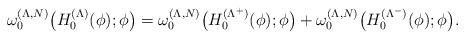
LaTeX: \begin{align*}\omega_0^{(\Lambda,N)}\big(H_0^{(\Lambda)}(\phi);\phi\big)=\omega_0^{(\Lambda,N)}\big(H_0^{(\Lambda^+)}(\phi);\phi\big)+\omega_0^{(\Lambda,N)}\big(H_0^{(\Lambda^-)}(\phi);\phi\big).\end{align*}